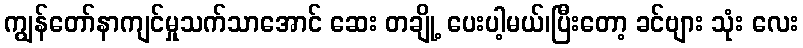
ကျွန်တော်နာကျင်မှုသက်သာအောင် ဆေး တချို့ ပေးပါ့မယ်၊ပြီးတော့ ခင်ဗျား သုံး လေး